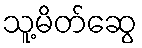
သူ့မိတ်ဆွေ